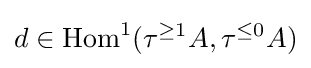
d\in \operatorname {Hom} ^{1}(\tau ^{\geq 1}A,\tau ^{\leq 0}A)